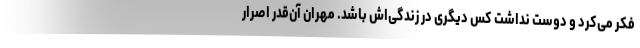
فکر می‌کرد و دوست نداشت کس دیگری در زندگی‌اش باشد. مهران آن‌قدر اصرار